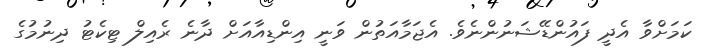
ކަމަށްވާ އެދީ ފައުންޑޭޝަނުންނެވެ. އެޖަމާއަތުން ވަނީ އިންޑިއާއަށް ދާނެ ރެއިލް ޓިކެޓު ދިނުމުގެ